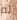
لم